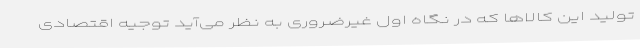
تولید این کالاها که در نگاه اول غیرضروری به نظر می‌آید توجیه اقتصادی